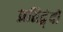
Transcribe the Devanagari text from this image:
प्रतिद्व्ंदी